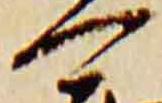
可